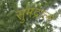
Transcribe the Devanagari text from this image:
सुमद्राला